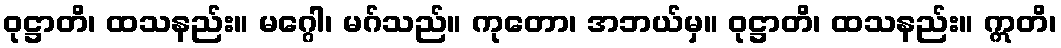
ဝုဋ္ဌာတိ၊ ထသနည်း။ မဂ္ဂေါ၊ မဂ်သည်။ ကုတော၊ အဘယ်မှ။ ဝုဋ္ဌာတိ၊ ထသနည်း။ ဣတိ၊